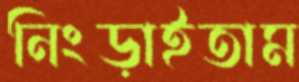
নিংড়াইতাম